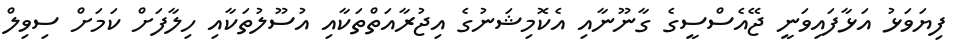
ފިޔަވަޅު އަޅާފައިވަނީ ޖޭއެސްސީގެ ގާނޫނާއި އެކޮމިޝަނުގެ އިޖުރާއަތްތަކާއި އުސޫލުތަކާއި ހިލާފަށް ކަމަށް ސިވިލް